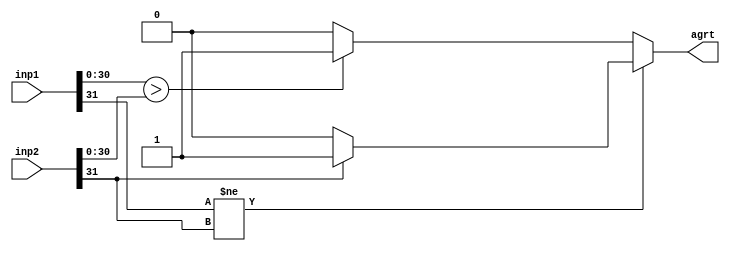
`timescale 1ns / 1ps
module Agrt#(parameter N = 23, M = 8, L = N+M+1)(inp1, inp2,agrt);
  input [L-1:0] inp1, inp2;
  output reg agrt;
  always @( inp1, inp2)
   begin
    if(inp1[L-1] != inp2[L-1])
      begin
        if(inp2[L-1]) agrt = 1; //if a is -ve and b is +ve
        else agrt = 0;
      end
    else
      begin
         if(inp1[L-2:0] > inp2 [L-2:0]) agrt = 1;
         else agrt = 0;
      end    
   end
endmodule